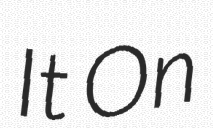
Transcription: It On